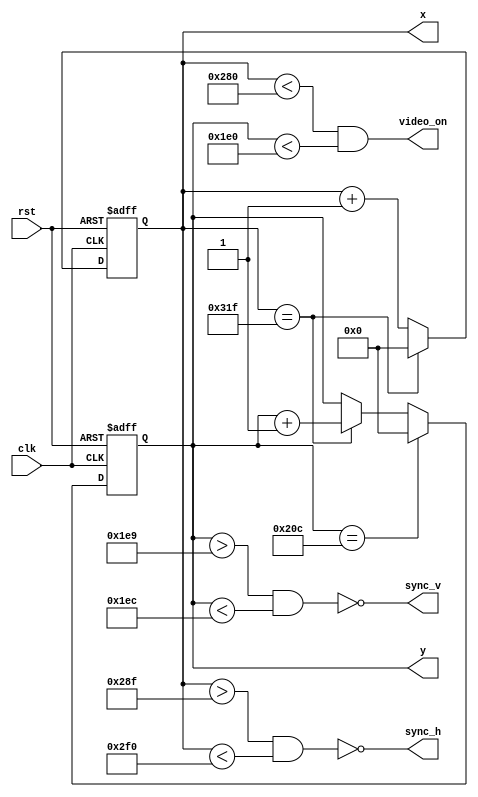
`timescale 1ns / 1ps

module vga_sync(
    input wire clk,          
    input wire rst,          
    output wire sync_h,      
    output wire sync_v,      
    output wire video_on,    
    output reg [9:0] x,      
    output reg [9:0] y       
    );
    
    assign sync_h = ~(x > 655 && x < 752);
    assign sync_v = ~(y > 489 && y < 492);
    assign video_on = (x < 640 && y < 480);
     
    always @ (posedge clk or negedge rst) begin
        if (!rst) begin
            x <= 0;
            y <= 0;
        end
        else begin
            if (x == 799)
                x <= 0;
            else
                x <= x + 1'b1;
            if (y == 524)
                y <= 0;
            else if (x == 799)
                y <= y + 1'b1;
        end
    end
    
endmodule